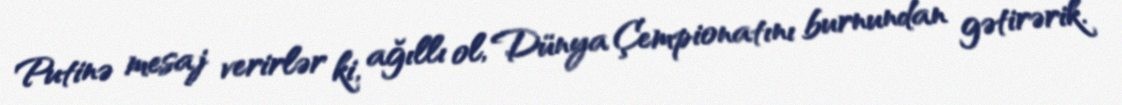
Putinə mesaj verirlər ki, ağıllı ol, Dünya Çempionatını burnundan gətirərik.